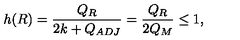
h ( R ) = \frac { Q _ { R } } { 2 k + Q _ { A D J } } = \frac { Q _ { R } } { 2 Q _ { M } } \leq 1 ,